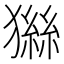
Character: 𤡨